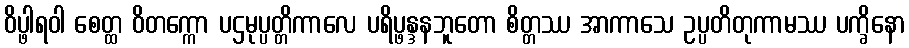
ဝိပ္ဖါရဝါ စေတ္ထ ဝိတက္ကော ပဌမုပ္ပတ္တိကာလေ ပရိပ္ဖန္ဒနဘူတော စိတ္တဿ အာကာသေ ဥပ္ပတိတုကာမဿ ပက္ခိနော